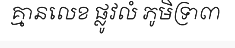
គ្មានលេខ ផ្លូវលំ ភូមិទ្រា៣